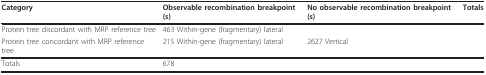
<table><thead><tr><td><b>Category</b></td><td><b>Observable recombination breakpoint(s)</b></td><td><b>No observable recombination breakpoint(s)</b></td><td><b>Totals</b></td></tr></thead><tbody><tr><td>Protein tree discordant with MRP reference tree</td><td>463 Within-gene (fragmentary) lateral</td><td>[EMPTY_CELL]</td><td>[EMPTY_CELL]</td></tr><tr><td>Protein tree concordant with MRP reference tree</td><td>215 Within-gene (fragmentary) lateral</td><td>2627 Vertical</td><td>[EMPTY_CELL]</td></tr><tr><td>Totals</td><td>678</td><td>[EMPTY_CELL]</td><td>[EMPTY_CELL]</td></tr></tbody></table>